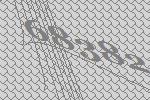
68382